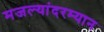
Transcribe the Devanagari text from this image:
मजल्यांदरम्यान